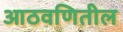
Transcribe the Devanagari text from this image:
आठवणितील